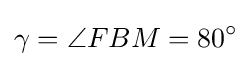
\gamma =\angle FBM=80^{\circ }